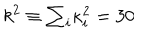
k ^ { 2 } \equiv \textstyle { \sum _ { i } } \kappa _ { i } ^ { 2 } = 3 0